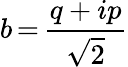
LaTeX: b\, {=}\, \frac{q+ip}{\sqrt{2}}